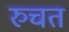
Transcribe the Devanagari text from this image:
रुचत